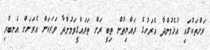
ރަށްތަކުގައި އުޅެމުންދާ އެރަށުގެ ރައްޔިތުން ތިބީ ރަށް ތަރައްގީވަމުންދާ ވަރަކަށް އެރަށަށް އެނބުރި